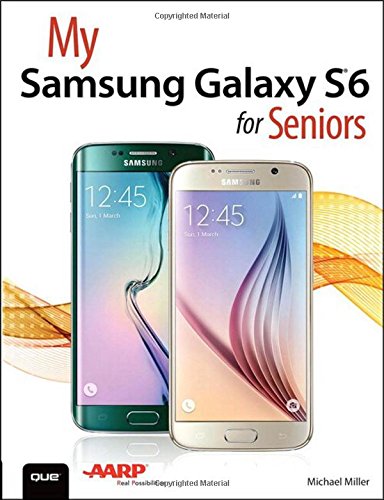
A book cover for My Samsung Galaxy S6 for Seniors; Michael Miller; Computers & Technology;